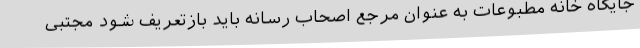
جایگاه خانه مطبوعات به عنوان مرجع اصحاب رسانه باید بازتعریف شود مجتبی